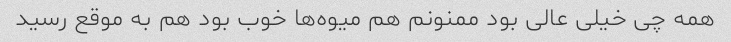
همه چی خیلی عالی بود ممنونم هم میوه‌ها خوب بود هم به موقع رسید